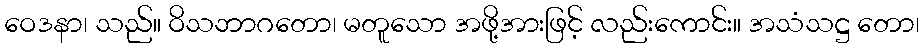
ဝေဒနာ၊ သည်။ ဝိသဘာဂတော၊ မတူသော အဖို့အားဖြင့် လည်းကောင်း။ အသံသဋ္ဌ တော၊